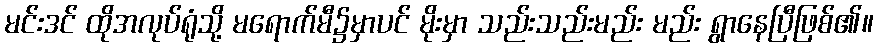
မင်းဒင် ထိုအလုပ်ရုံသို့ မရောက်မီ၌မှာပင် မိုးမှာ သည်းသည်းမည်း မည်း ရွာနေပြီဖြစ်၏။